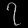
Digit: ၇